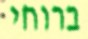
ברוחי